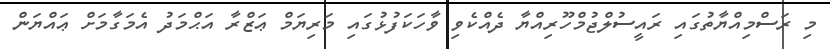
މި ރަސްމިއްޔާތުގައި ރައީސުލްޖުމްހޫރިއްޔާ ދެއްކެވި ވާހަކަފުޅުގައި މަރިޔަމް ޢަޒްރާ އަޙްމަދު އެމަގާމަށް ޢައްޔަން